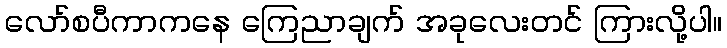
လော်စပီကာကနေ ကြေညာချက် အခုလေးတင် ကြားလို့ပါ။